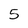
Character: 5